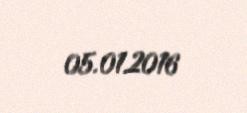
05.01.2016